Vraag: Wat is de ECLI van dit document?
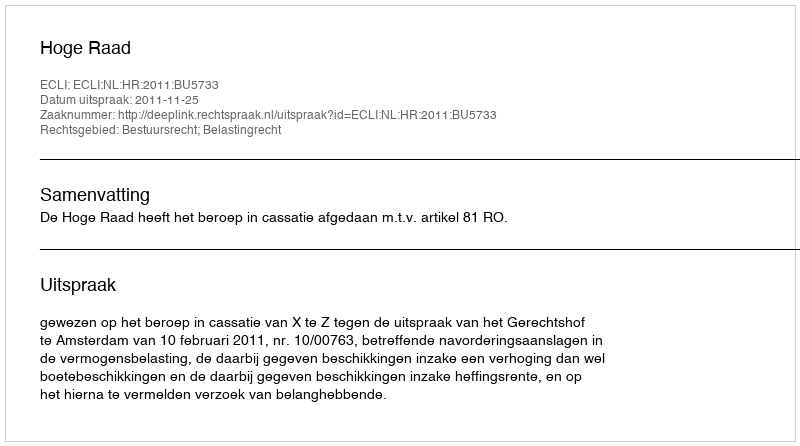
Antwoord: ECLI:NL:HR:2011:BU5733